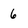
Character: 6